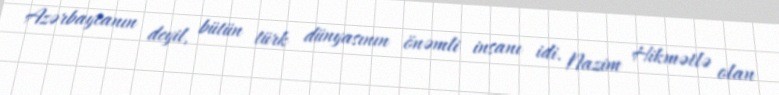
Azərbaycanın deyil, bütün türk dünyasının önəmli insanı idi. Nazim Hikmətlə olan